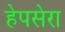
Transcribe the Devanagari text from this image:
हेपसेरा